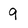
Character: 9